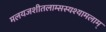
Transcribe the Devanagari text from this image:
मलयजशीतलाम्सस्यश्यामलाम्